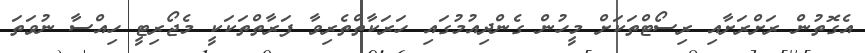
އެގޮތުން ރަށްރަށާއި ރިސޯޓްތަކަށް މީހުން ގެންދިއުމުގައި ހަރަކާތްތެރިވާ ފަރާތްތަކަކީ މެޖޯރިޓީ ހިއްސާ ނުވަތަ